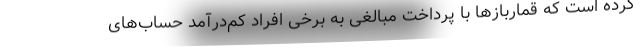
کرده است که قماربازها با پرداخت مبالغی به برخی افراد کم‌درآمد حساب‌های